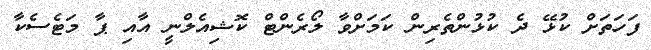
ފަހަތަށް ކުޅޭ ދެ ކުޅުންތެރިން ކަމަށްވާ ލޯރެންޓް ކޮޝިއެލްނީ އާއި ޕާ މަޓެސެކާ